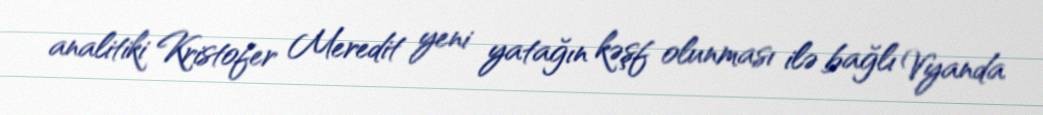
analitiki Kristofer Meredit yeni yatağın kəşf olunması ilə bağlı Vyanda